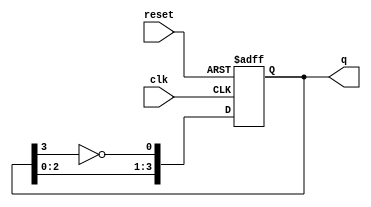
module Johnson_Counter (
    input wire clk,    // Clock input
    input wire reset,  // Reset input
    output reg [3:0] q // Counter output
);
    // Asynchronous Johnson Counter
    always @(posedge clk or posedge reset) begin
        if (reset) begin
            // Reset the counter to initial state
            q <= 4'b0000;
        end else begin
            // Johnson counter logic
            q[0] <= ~q[3];   // Invert the last flip-flop output and feed it to the first
            q[1] <= q[0];    // Transfer previous state
            q[2] <= q[1];    // Transfer previous state
            q[3] <= q[2];    // Transfer previous state
        end
    end
endmodule